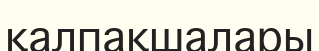
қалпақшалары